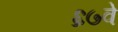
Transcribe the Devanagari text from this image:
६७वे